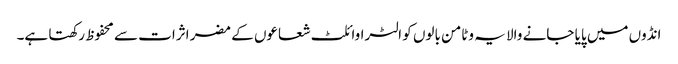
انڈوں میں پایا جانے والا یہ وٹامن بالوں کو الٹراوائلٹ شعاعوں کے مضر اثرات سے محفوظ رکھتا ہے۔